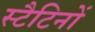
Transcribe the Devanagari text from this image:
स्टैटिनों